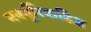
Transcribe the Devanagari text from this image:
मर्क्यूरियाडिस